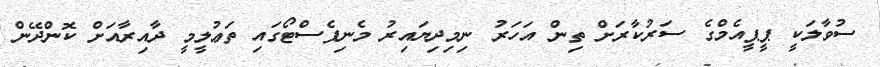
ސުވާލަކީ ޕީޕީއެމްގެ ސަރުކާރަށް ތިން އަހަރު ނިމިދިޔައިރު މެނިފެސްޓޯގައި ތަޢުލީމީ ދާއިރާއަށް ކޮންދޭން